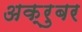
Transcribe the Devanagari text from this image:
अक्रुबर